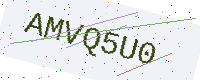
Text: AMVQ5U0